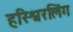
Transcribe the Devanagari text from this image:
हरिश्वरलिंग